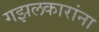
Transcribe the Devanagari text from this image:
गझलकारांना